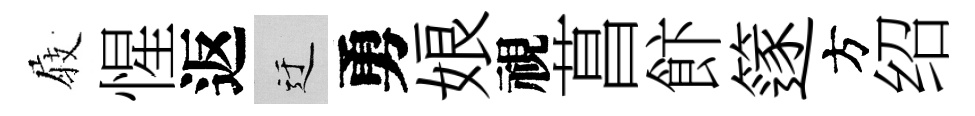
𡲆惺返迂勇娘視菖飰篴方绍